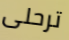
ترحلى